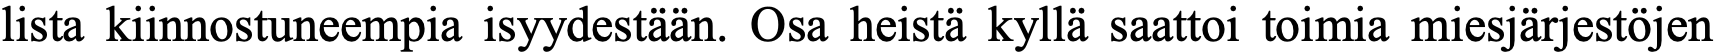
lista kiinnostuneempia isyydestään. Osa heistä kyllä saattoi toimia miesjärjestöjen